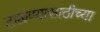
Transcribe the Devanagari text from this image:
टाळण्यासाठीच्या